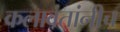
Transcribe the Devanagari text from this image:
कलावंतांनीच